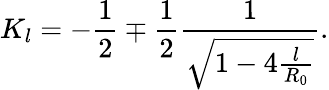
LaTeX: K_{l}=-\frac{1}{2}\mp\frac{1}{2}\frac{1}{\sqrt{1-4\frac{l}{R_{0}}}}.